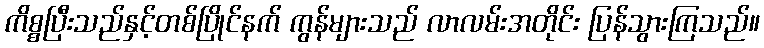
ကိစ္စပြီးသည်နှင့်တစ်ပြိုင်နက် ကွန်များသည် လာလမ်းအတိုင်း ပြန်သွားကြသည်။